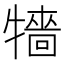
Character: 𤛷